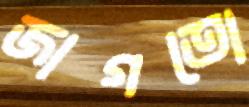
জাগতো